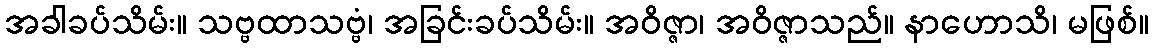
အခါခပ်သိမ်း။ သဗ္ဗထာသဗ္ဗံ၊ အခြင်းခပ်သိမ်း။ အဝိဇ္ဇာ၊ အဝိဇ္ဇာသည်။ နာဟောသိ၊ မဖြစ်။